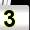
Digit: 3